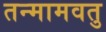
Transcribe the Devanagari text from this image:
तन्मामवतु